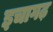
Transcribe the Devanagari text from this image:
इचागढ़